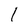
Character: 1